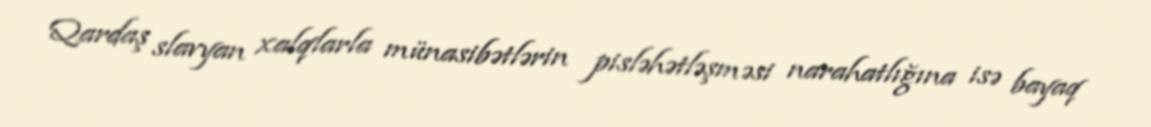
Qardaş slavyan xalqlarla münasibətlərin pisləhətləşməsi narahatlığına isə bayaq